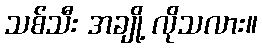
သစ်သီး အချို့ လိုသလား။